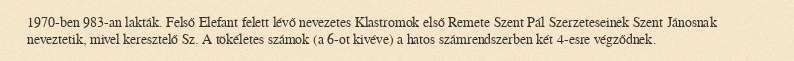
1970-ben 983-an lakták. Felső Elefant felett lévő nevezetes Klastromok első Remete Szent Pál Szerzeteseinek Szent Jánosnak neveztetik, mivel keresztelő Sz. A tökéletes számok (a 6-ot kivéve) a hatos számrendszerben két 4-esre végződnek.